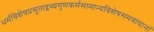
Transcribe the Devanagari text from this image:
धर्मविशेषप्रसूताद्द्रव्यगुणकर्मसामान्यविशेषसमवायानां